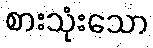
စားသုံးသော